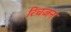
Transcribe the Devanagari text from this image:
रिचजन